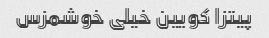
پیتزا کویین خیلی خوشمزس